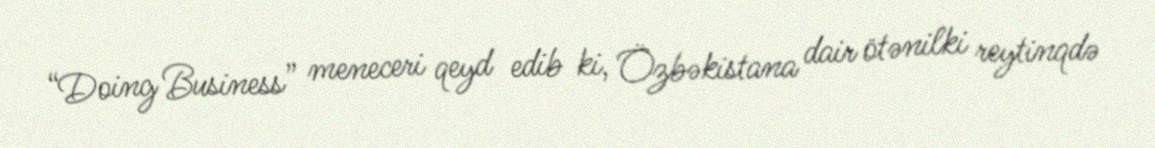
“Doing Business” meneceri qeyd edib ki, Özbəkistana dair ötənilki reytinqdə